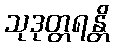
သုဒုတ္တရန္တိ